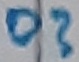
Text: D?